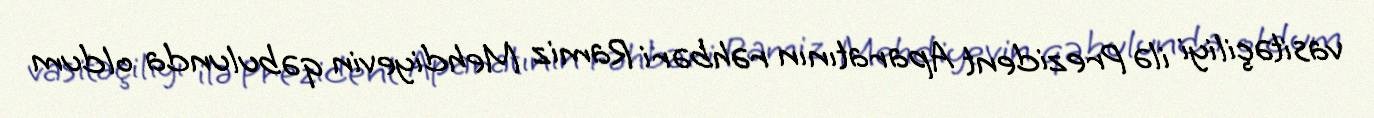
vasitəçiliyi ilə Prezident Aparatının rəhbəri Ramiz Mehdiyevin qəbulunda oldum